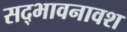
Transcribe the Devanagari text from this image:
सद्भावनावश